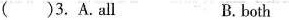
( )3.A. All B. both